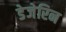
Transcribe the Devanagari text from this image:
डेजेरिन